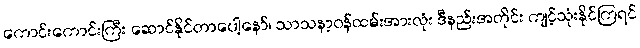
ကောင်းကောင်းကြီး ဆောင်နိုင်တာပေါ့နော်၊ သာသနာ့ဝန်ထမ်းအားလုံး ဒီနည်းအတိုင်း ကျင့်သုံးနိုင်ကြရင်